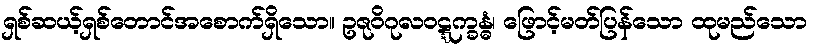
ရှစ်ဆယ့်ရှစ်တောင်အစောက်ရှိသော။ ဥဇုဝိဂုလဝဋ္ဋက္ခန္ဓံ၊ ဖြောင့်မတ်ပြန်သော ထုမည်သော